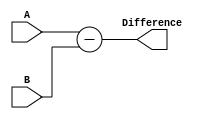
module subtractor(
    input [3:0] A,
    input [3:0] B,
    output [3:0] Difference
);

assign Difference = A - B;

endmodule